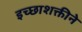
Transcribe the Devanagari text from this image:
इच्छाशक्तीने